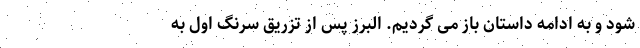
شود و به ادامه داستان باز می گردیم. البرز پس از تزریق سرنگ اول به